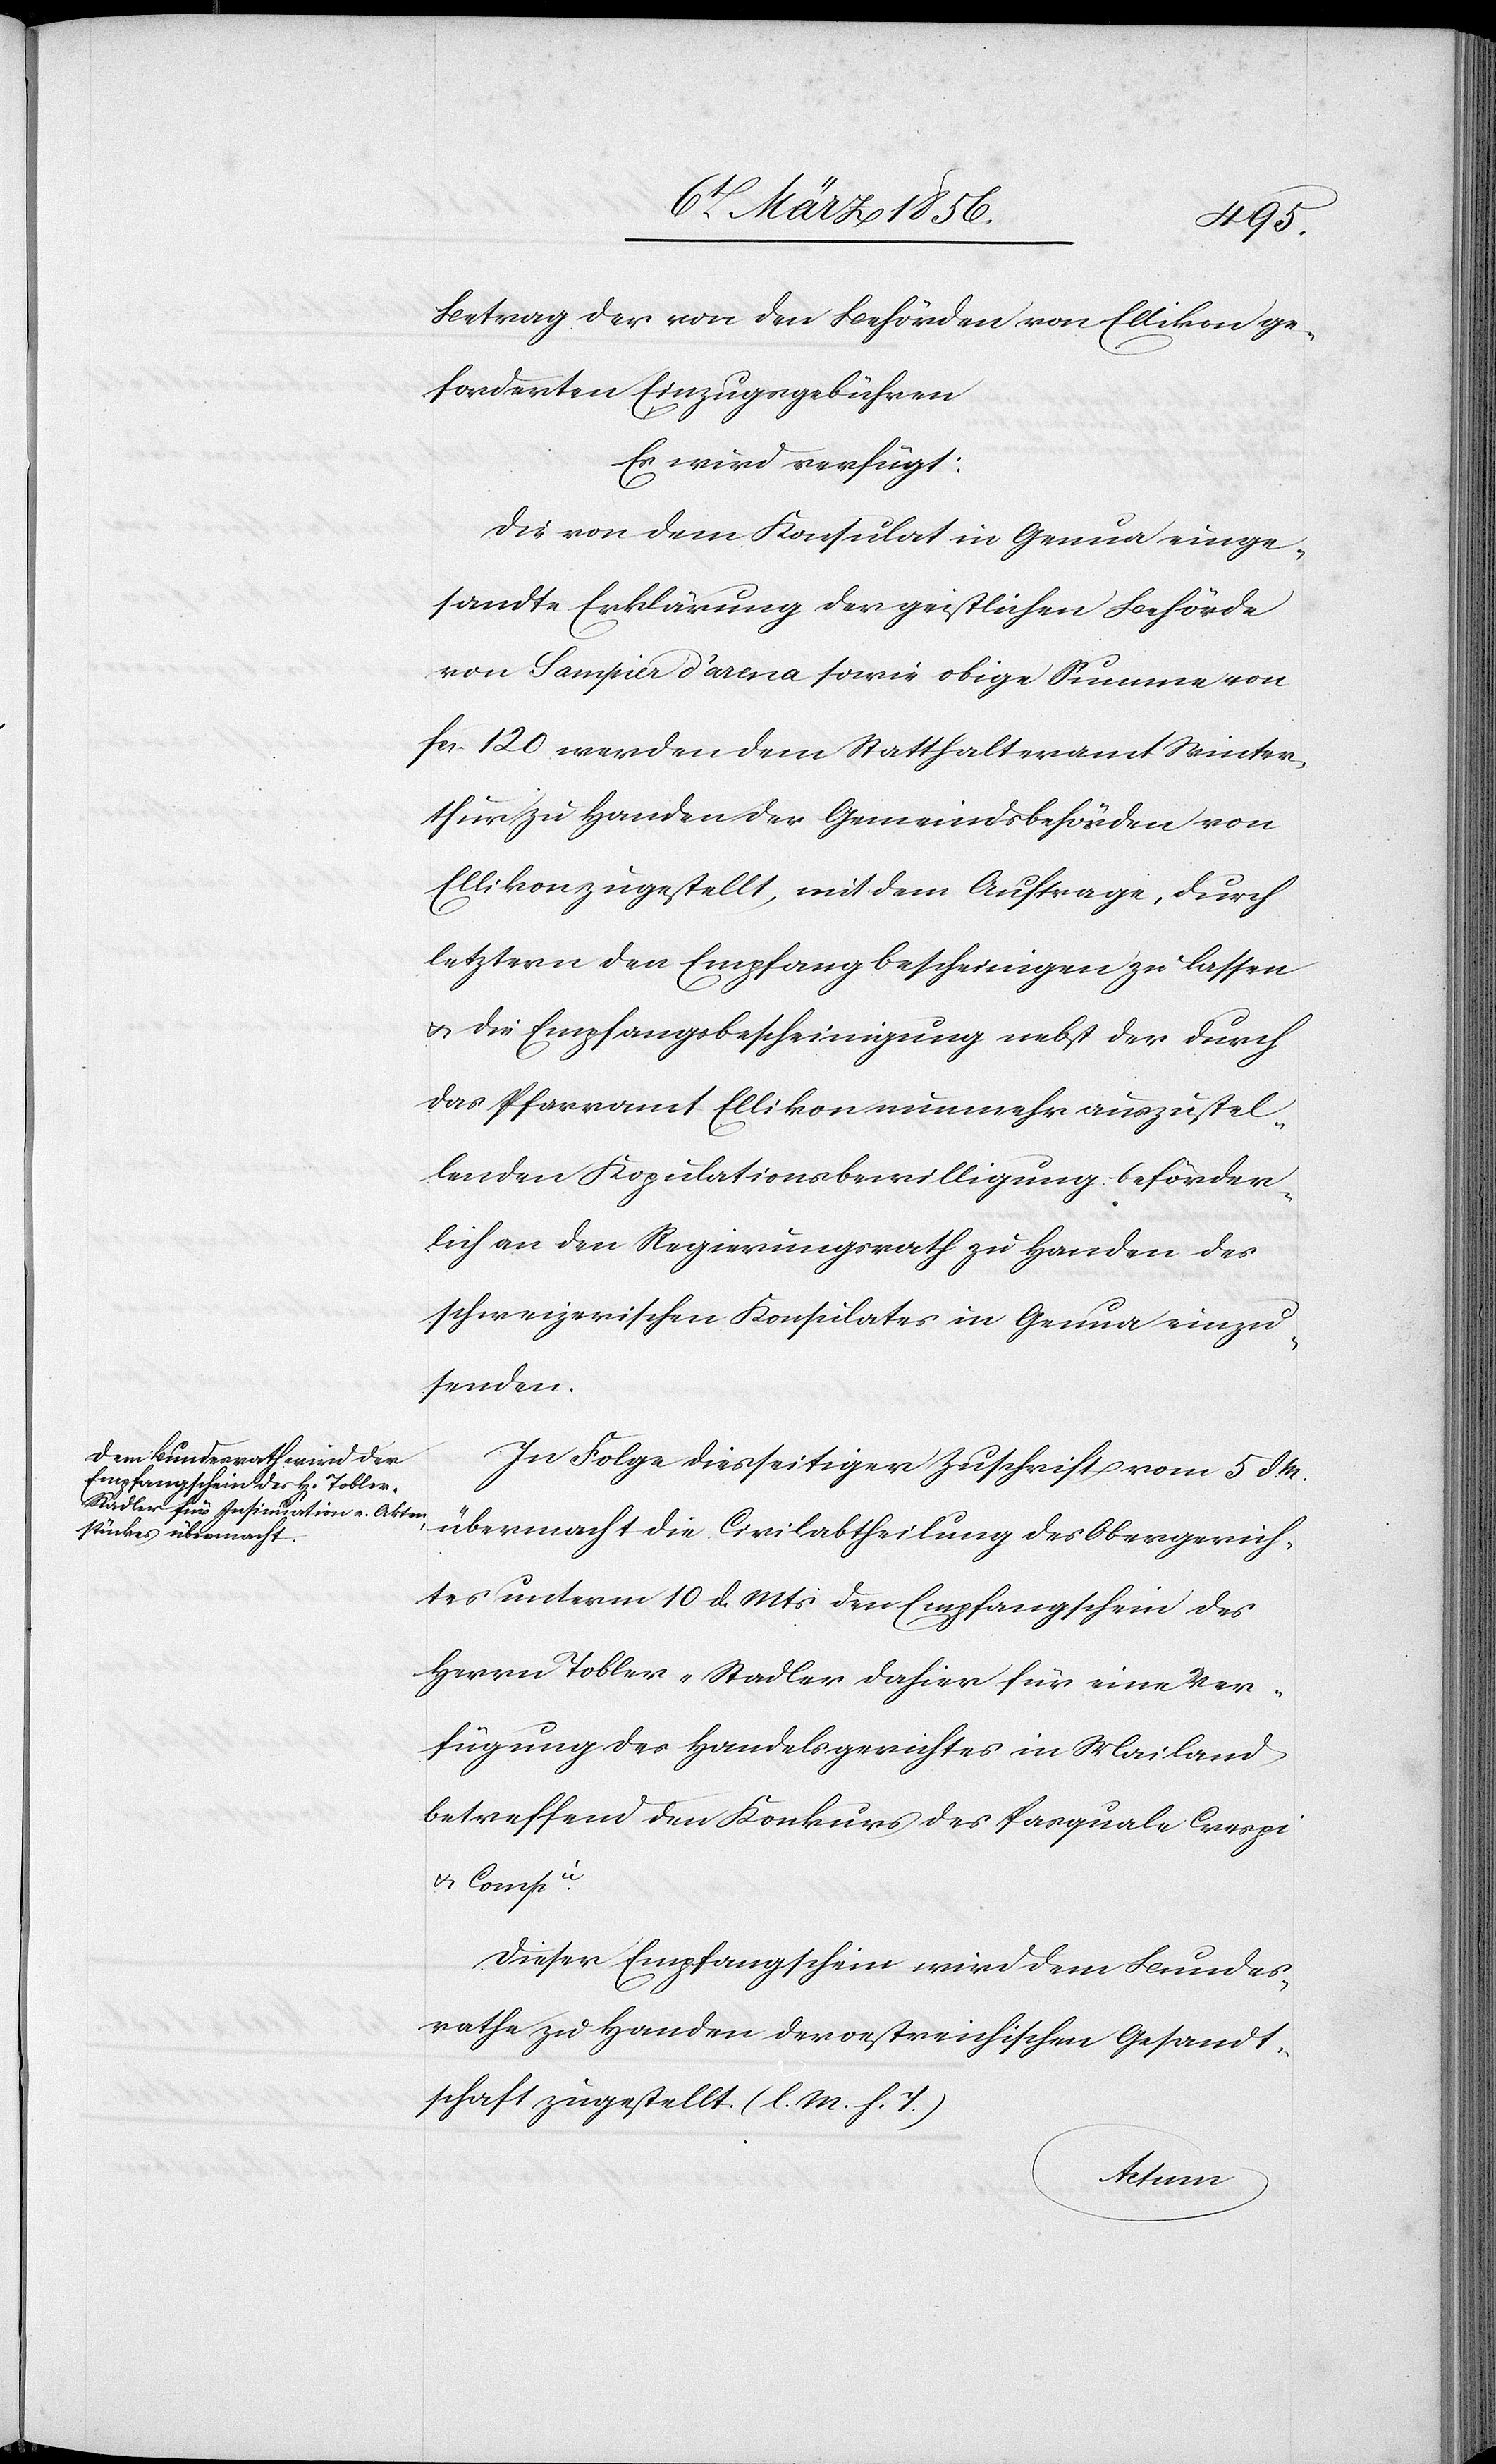
11t März 1856.]
Betrag der von den Behörden von Ellikon ge¬
forderten Einzugsgebühren
Es wird verfügt:
Die von dem Konsulat in Genua einge¬
sandte Erklärung der geistlichen Behörde
von Sampier d’arena sowie obige Summe von
fcs. 120 werden dem Statthalteramt Winter¬
thur zu Handen der Gemeindsbehörden von
Ellikon zugestellt, mit dem Auftrage, durch
letztern den Empfang bescheinigen zu lassen
u. die Empfangsbescheinigung nebst der durch
das Pfarramt Ellikon nunmehr anzustel¬
lenden Kopulationsbewilligung beförder¬
lich an den Regierungsrath zu Handen des
schweizerischen Konsulates in Genua einzu¬
senden.
In Folge diesseitiger Zuschrift vom 5 d.
übermacht die Civilabtheilung des Obergerich¬
tes unterm 10 d. Mts den Empfangschein des
Herrn Tobler-Stadler dahier für eine Ver¬
fügung des Handelsgerichtes in Mailand
betreffend den Konkurs des Pasquale Crespi
u. Compie.
Dieser Empfangschein wird dem Bundes¬
rathe zu Handen der oestreichischen Gesandt¬
schaft zugestellt. (l. M. h. T.)
Actum,